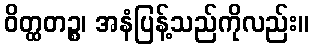
ဝိတ္ထတဉ္စ၊ အနံပြန့်သည်ကိုလည်း။